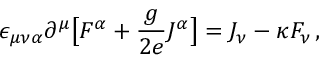
\epsilon _ { \mu \nu \alpha } \partial ^ { \mu } \big [ F ^ { \alpha } + { \frac { g } { 2 e } } J ^ { \alpha } \big ] = J _ { \nu } - \kappa F _ { \nu } \, ,